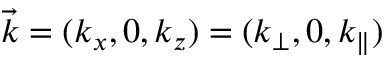
\vec { k } = ( k _ { x } , 0 , k _ { z } ) = ( k _ { \perp } , 0 , k _ { \parallel } )